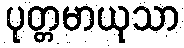
ပုတ္တမာယုသာ